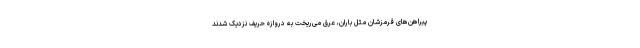
پیراهن‌های قرمزشان مثل باران، عرق می‌ریخت به دروازه حریف نزدیک شدند